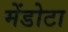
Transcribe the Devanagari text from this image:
मेंडोटा